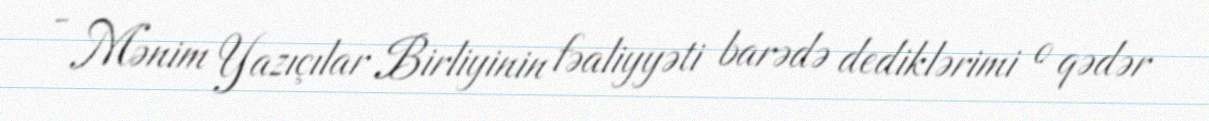
- Mənim Yazıçılar Birliyinin fəaliyyəti barədə dediklərimi o qədər